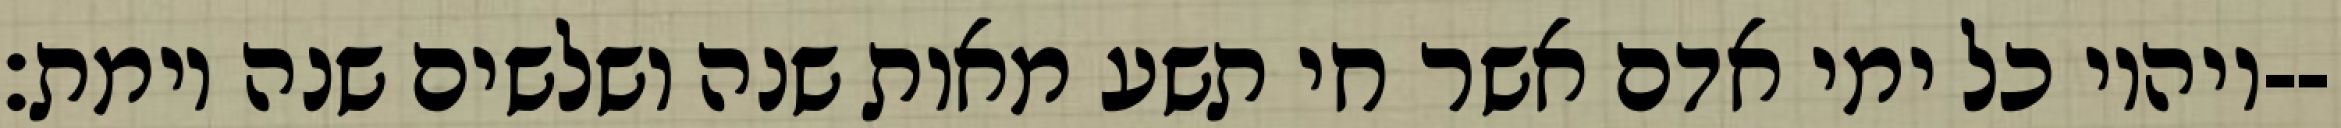
ויהיו כל ימי אדם אשר חי תשע מאות שנה ושלשים שנה וימת׃--